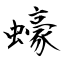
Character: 蠔